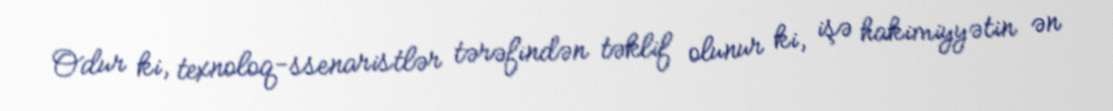
Odur ki, texnoloq-ssenaristlər tərəfindən təklif olunur ki, işə hakimiyyətin ən